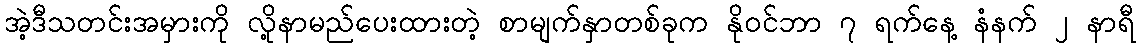
အဲ့ဒီသတင်းအမှားကို လို့နာမည်ပေးထားတဲ့ စာမျက်နှာတစ်ခုက နိုဝင်ဘာ ၇ ရက်နေ့ နံနက် ၂ နာရီ